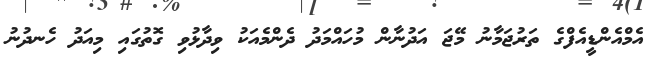
އެމްއެންޑީއެފްގެ ތަރުޖަމާނު މޭޖަ އަދުނާން މުހައްމަދު ދެންމެއަކު ވިދާޅުވި ގޮތުގައި މިއަދު ހެނދުނު